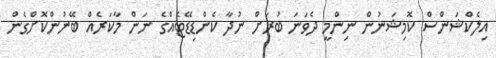
އިލެކްޝަންސް ކޮމިޝަނުން ނިންމީ ދެވަނަ ބުރަށް ނުދާ ކެންޑިޑޭޓެއްގެ ނަން މާކަރެއް ބޭނުންކޮށްގެން